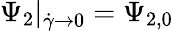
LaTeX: \Psi_{2}|_{\dot{\gamma}\to 0}=\Psi_{2,0}